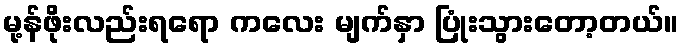
မု့န်ဖိုးလည်းရရော ကလေး မျက်နှာ ပြုံးသွားတော့တယ်။